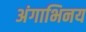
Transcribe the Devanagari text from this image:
अंगाभिनय